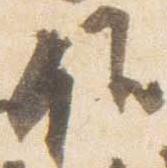
作